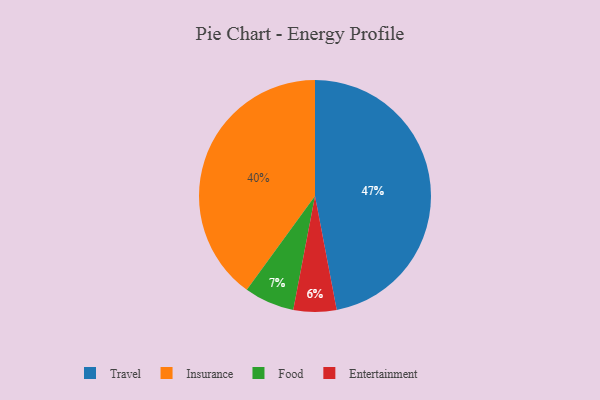
{"axis": {"x": "Category", "y": "Percentage"}, "legend": ["Entertainment", "Food", "Insurance", "Travel"], "data": [{"x": "Entertainment", "y": 6, "type": "Entertainment"}, {"x": "Insurance", "y": 40, "type": "Insurance"}, {"x": "Food", "y": 7, "type": "Food"}, {"x": "Travel", "y": 47, "type": "Travel"}]}